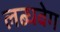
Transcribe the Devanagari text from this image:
लब्धवेग